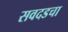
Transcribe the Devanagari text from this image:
सवदडचा